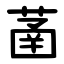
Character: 䓿